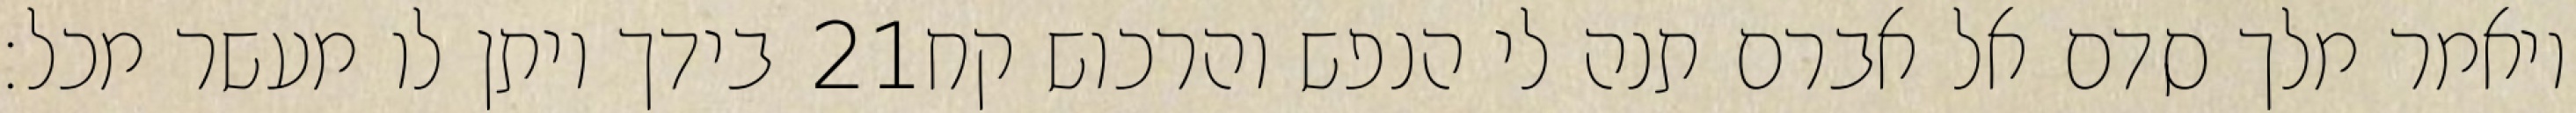
בידך ויתן לו מעשר מכל׃ ‎21‏ ויאמר מלך סדם אל אברם תנה לי הנפש והרכוש קח